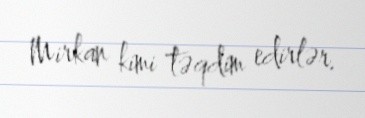
Mirkan kimi təqdim edirlər.